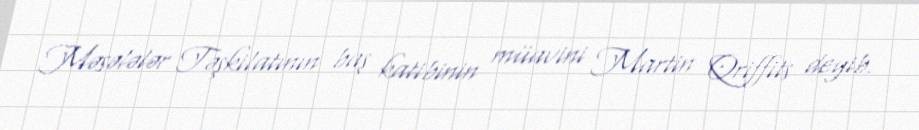
Məsələlər Təşkilatının baş katibinin müavini Martin Qriffits deyib.